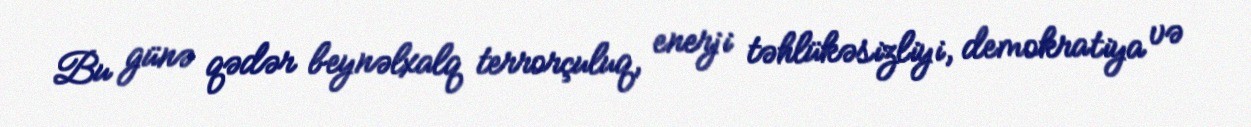
Bu günə qədər beynəlxalq terrorçuluq, enerji təhlükəsizliyi, demokratiya və